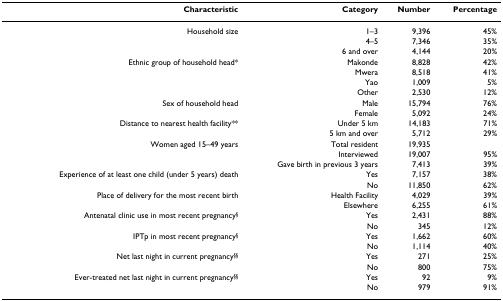
| Characteristic | Category | Number | Percentage |
 | --- | --- | --- | --- |
 | Household size | 1–3 | 9,396 | 45% |
 |  | 4–5 | 7,346 | 35% |
 |  | 6 and over | 4,144 | 20% |
 | Ethnic group of household head* | Makonde | 8,828 | 42% |
 |  | Mwera | 8,518 | 41% |
 |  | Yao | 1,009 | 5% |
 |  | Other | 2,530 | 12% |
 | Sex of household head | Male | 15,794 | 76% |
 |  | Female | 5,092 | 24% |
 | Distance to nearest health facility** | Under 5 km | 14,183 | 71% |
 |  | 5 km and over | 5,712 | 29% |
 | Women aged 15–49 years | Total resident | 19,935 |  |
 |  | Interviewed | 19,007 | 95% |
 |  | Gave birth in previous 3 years | 7,413 | 39% |
 | Experience of at least one child (under 5 years) death | Yes | 7,157 | 38% |
 |  | No | 11,850 | 62% |
 | Place of delivery for the most recent birth | Health Facility | 4,029 | 39% |
 |  | Elsewhere | 6,255 | 61% |
 | Antenatal clinic use in most recent pregnancy§ | Yes | 2,431 | 88% |
 |  | No | 345 | 12% |
 | IPTp in most recent pregnancy§ | Yes | 1,662 | 60% |
 |  | No | 1,114 | 40% |
 | Net last night in current pregnancy§§ | Yes | 271 | 25% |
 |  | No | 800 | 75% |
 | Ever-treated net last night in current pregnancy§§ | Yes | 92 | 9% |
 |  | No | 979 | 91% |